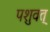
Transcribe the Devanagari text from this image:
पशुवत्